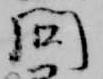
問